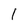
Character: 1